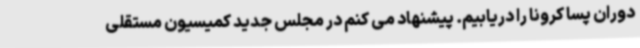
دوران پسا کرونا را دریابیم. پیشنهاد می کنم در مجلس جدید کمیسیون مستقلی